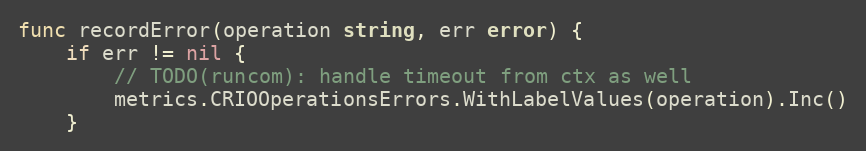
Language: Go
func recordError(operation string, err error) {
	if err != nil {
		// TODO(runcom): handle timeout from ctx as well
		metrics.CRIOOperationsErrors.WithLabelValues(operation).Inc()
	}